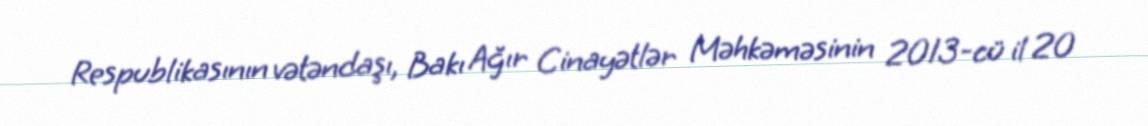
Respublikasının vətəndaşı, Bakı Ağır Cinayətlər Məhkəməsinin 2013-cü il 20